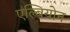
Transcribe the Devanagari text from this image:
एल्बियोन